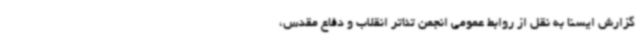
گزارش ایسنا به نقل از روابط عمومی انجمن تئاتر انقلاب و دفاع مقدس،